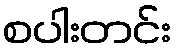
စပါးတင်း